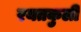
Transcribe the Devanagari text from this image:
रयतकुली